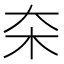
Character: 㚓